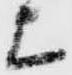
上